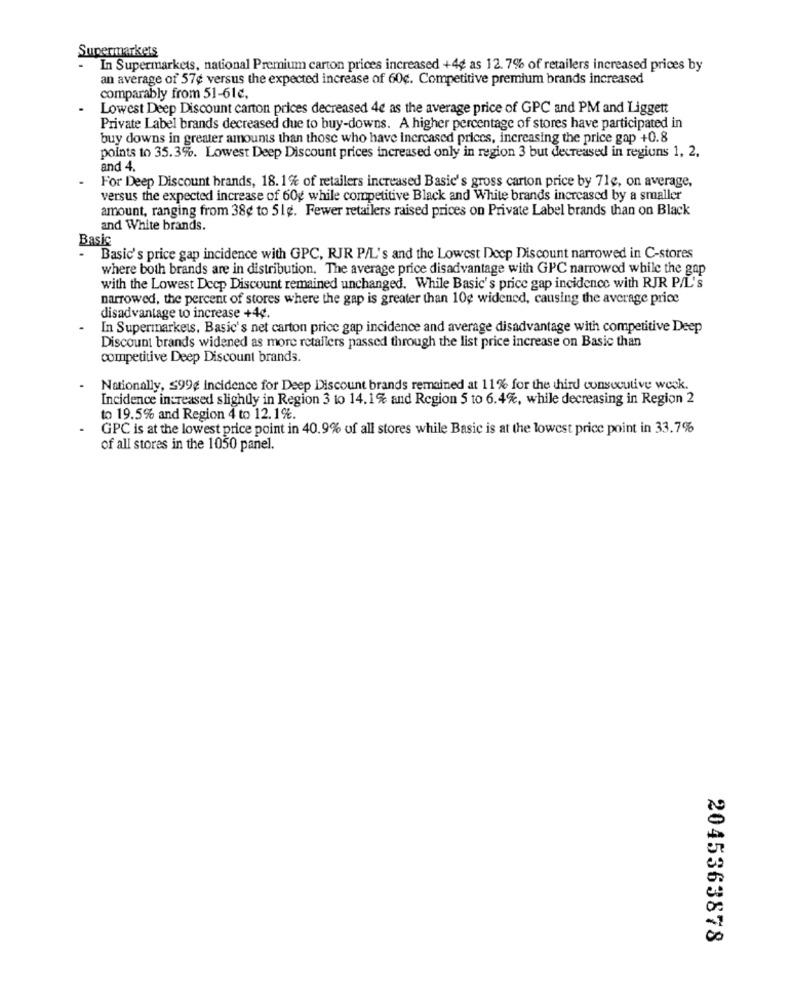
Supermarkets
- In Supermarkets, national Premium carton prices increased +4¢ as 12. 7% of retailers increased prices by
an average of 57¢ versus the expected increase of 60¢. Competitive premium brands increased
comparably from 51-61c.
Lowest Deep Discount carton prices decreased 4e as the average price of GPC and PM and Liggett
Private Label brands decreased due to buy-downs. A higher percentage of stores have participated in
buy downs in greater amounts than those who have increased prices, increasing the price gap +0.8
points to 35.3%. Lowest Deep Discount prices increased only in region 3 but decreased in regions 1, 2,
and 4.
For Deep Discount brands, 18. 1 % of retailers increased Basic's gross carton price by 71e, on average,
versus the expected increase of 60g while competitive Black and White brands increased by a smaller
amount, ranging from 38¢ to 51g. Fewer retailers raised prices on Private Label brands than on Black
and White brands.
Basic
Basic's price gap incidence with GPC, RJR P/L's and the Lowest Deep Discount narrowed in C-stores
where both brands are in distribution. The average price disadvantage with GPC narrowed while the gap
with the Lowest Dccp Discount remained unchanged. While Basic's price gap incidence with RJR P/L's
narrowed, the percent of stores where the gap is greater than 10g widened, causing the average price
disadvantage to increase +4¢.
In Supermarkets, Basic's net carton price gap incidence and average disadvantage with competitive Deep
Discount brands widened as more retailers passed through the list price increase on Basic than
competitive Deep Discount brands.
Nationally, $99¢ incidence for Deep Discount brands remained at 11% for the third consecutive week.
Incidence increased slightly in Region 3 to 14.1% and Region 5 to 6.4%, while decreasing in Region 2
to 19.5% and Region 4 to 12.1%.
GPC is at the lowest price point in 40.9% of all stores while Basic is at the lowest price point in 33.7%
of all stores in the 1050 panel.
2045363878